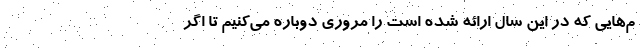
م‌هایی که در این سال ارائه شده است را مروری دوباره می‌کنیم تا اگر